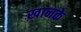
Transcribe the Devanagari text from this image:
ख़ानके